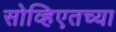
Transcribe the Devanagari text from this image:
सोव्हिएतच्या